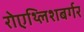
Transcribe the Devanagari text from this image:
रोएथ्लिशबर्गर